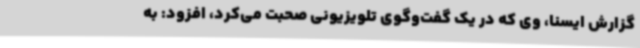
گزارش ایسنا، وی که در یک گفت‌وگوی تلویزیونی صحبت می‌کرد، افزود: به